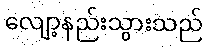
လျော့နည်းသွားသည်